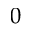
0